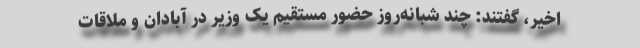
اخیر، گفتند: چند شبانه‌روز حضور مستقیم یک وزیر در آبادان و ملاقات